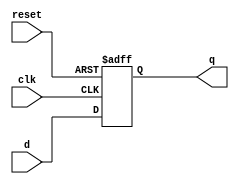
module d_flip_flop(
    input clk,
    input reset,
    input d,
    output reg q
);

always @(posedge clk or posedge reset) begin
    if (reset) begin
        q <= 1'b0;
    end else begin
        q <= d;
    end
end

endmodule